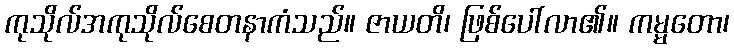
ကုသိုလ်အကုသိုလ်စေတနာကံသည်။ ဇာယတိ၊ ဖြစ်ပေါ်လာ၏။ ကမ္မတော၊